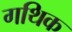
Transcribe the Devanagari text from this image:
गथिक